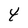
Character: 4